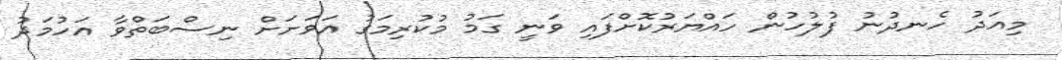
މިއަދު ހެނދުނު ފުލުހުން ހައްޔަރުކޮށްފައި ވަނީ ގަމު މުކުރިމަގު އަވަށަށް ނިސްބަތްވާ އަހުމަދު